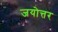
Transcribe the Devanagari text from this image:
जयोत्तर